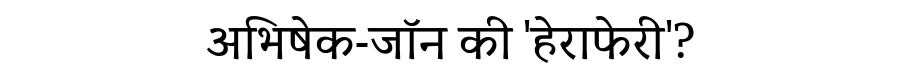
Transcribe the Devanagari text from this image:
अभिषेक-जॉन की 'हेराफेरी'?